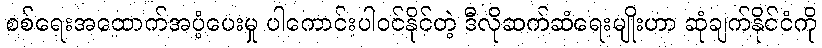
စစ်ရေးအထောက်အပံ့ပေးမှု ပါကောင်းပါဝင်နိုင်တဲ့ ဒီလိုဆက်ဆံရေးမျိုးဟာ ဆုံချက်နိုင်ငံကို